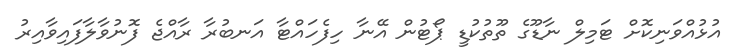
އުޅުއްވަނިކޮށް ޓަމިލް ނާޑޫގެ ތޫތުކުޑީ ޕޯޓުން އޭނާ ހިފެހައްޓާ އަނބުރާ ރާއްޖެ ފޮނުވާލާފައިވާއިރު